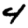
Digit: 4